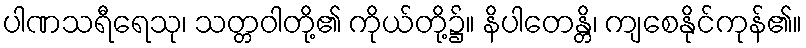
ပါဏသရီရေသု၊ သတ္တဝါတို့၏ ကိုယ်တို့၌။ နိပါတေန္တိ၊ ကျစေနိုင်ကုန်၏။